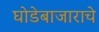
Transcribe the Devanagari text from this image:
घोडेबाजाराचे